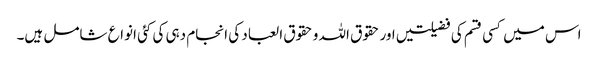
اس میں کسی قسم کی فضیلتیں اور حقوق اللہ و حقوق العباد کی انجام دہی کی کئی انواع شامل ہیں۔